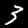
Digit: 3